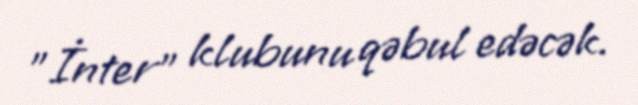
"İnter" klubunu qəbul edəcək.